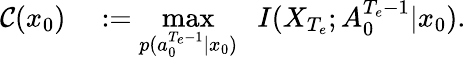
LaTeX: \begin{array}{rl}{\mathcal{C}(x_{0})}&{{}:=\underset{p(a_{0}^{{T_{e}}-1}\mid x_{0})}{\operatorname*{max}}\; \; I(X_{{T_{e}}};A_{0}^{{T_{e}}-1}|x_{0}).}\end{array}